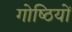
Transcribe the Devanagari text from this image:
गोष्‍ठियों